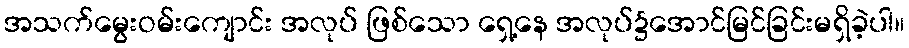
အသက်မွေးဝမ်းကျောင်း အလုပ် ဖြစ်သော ရှေ့နေ အလုပ်၌အောင်မြင်ခြင်းမရှိခဲ့ပါ။